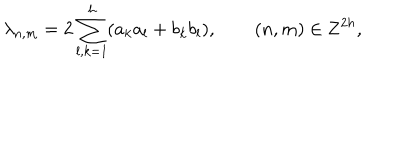
LaTeX: \lambda _ { n , m } = 2 \sum _ { l , k = 1 } ^ { h } ( a _ { k } a _ { l } + b _ { k } b _ { l } ) , \qquad ( n , m ) \in { \bf Z } ^ { 2 h } ,